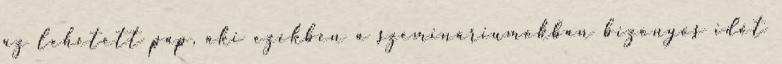
az lehetett pap, aki ezekben a szemináriumokban bizonyos időt